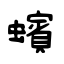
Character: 蠙